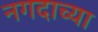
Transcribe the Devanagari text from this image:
नगदाच्या